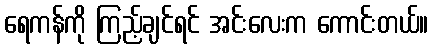
ရေကန်ကို ကြည့်ချင်ရင် အင်းလေးက ကောင်းတယ်။